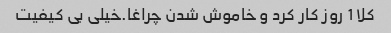
کلا 1 روز کار کرد و خاموش شدن چراغا.خیلی بی کیفیت